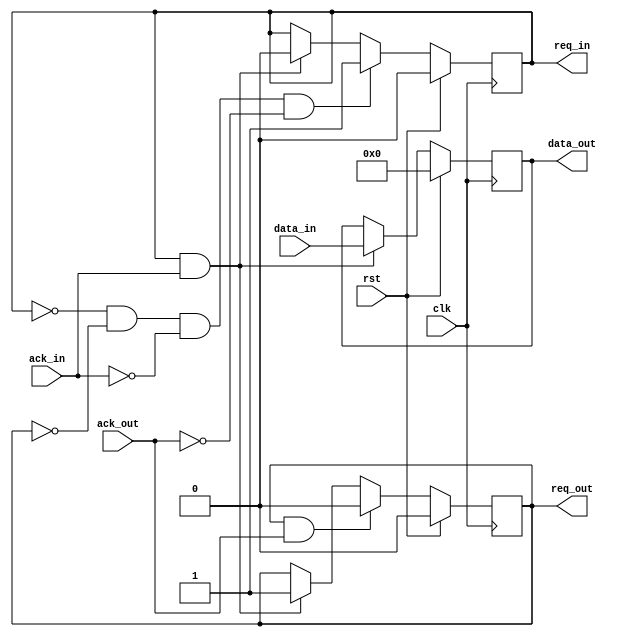
`timescale 1ns / 1ps

module filter
 #(parameter DWIDTH = 16,
   parameter DDWIDTH = 2*DWIDTH,
	parameter L = 160,
	parameter L_LOG = 8,
	parameter M = 147,
	parameter M_LOG = 8,
	parameter CWIDTH = 4*L)
  (input clk,
   input rst,
	output req_in,
	input ack_in,
	input signed [0:DWIDTH-1] data_in,
	output req_out,
	input ack_out,
	output signed [0:DWIDTH-1] data_out);

	// Output request register
	reg req_out_buf;
	assign req_out = req_out_buf;

	// Input request register
	reg req_in_buf;
	assign req_in = req_in_buf;
	
	// Accumulator (assigned to output directly)
	reg signed [0:DWIDTH-1] sum;
	assign data_out = sum;
	
	always @(posedge clk) begin
		// Reset => initialize
		if (rst) begin
			req_in_buf <= 0;
			req_out_buf <= 0;
			sum <= 0;
		end
		// !Reset => run
		else begin
			// Input request & acknowledge => take the input & go back to computation a.s.a.p.
			if (req_in && ack_in) begin
				sum <= data_in;
				req_in_buf <= 0;
				req_out_buf <= 1;
			end
			// Output request & acknowledge => go back to computation a.s.a.p.
			if (req_out && ack_out) begin
				req_out_buf <= 0;
			end
			// If we need no inputs and have no outputs ready, then proceed with the computation
			if (!req_in && !req_out && !ack_in && !ack_out) begin		
				req_in_buf <= 1;
			end
		end
	end

endmodule